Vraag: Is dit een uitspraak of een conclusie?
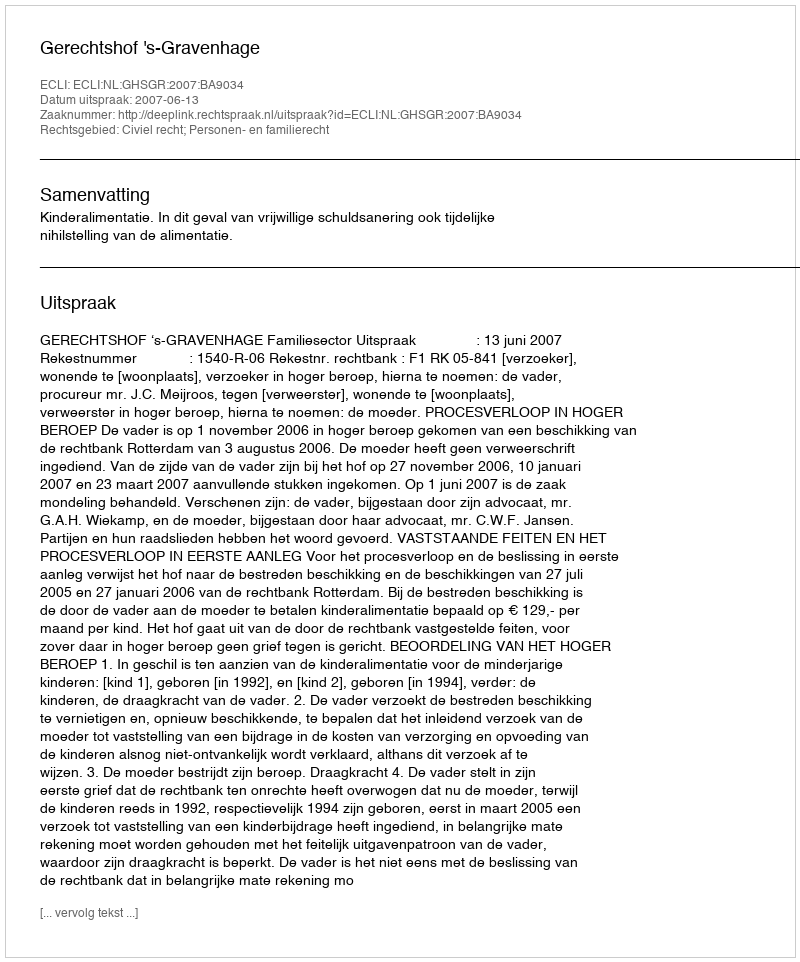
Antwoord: Uitspraak